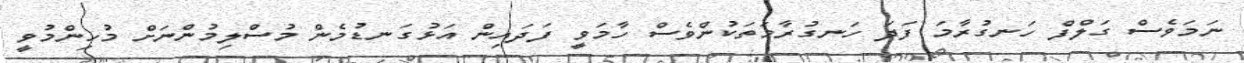
ނަމަވެސް ގަލްފް ހަނގުރާމަ ފަދަ ހަނގުރާމަތަކުންވެސް ހާމަވީ ފަދައިން އަޅުގަނޑުމެން މުސްލިމުންނަށް މުހިންމުވީ